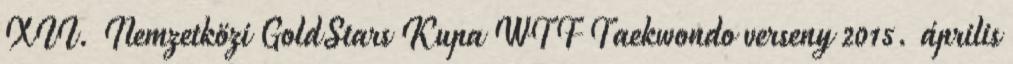
XII. Nemzetközi GoldStars Kupa WTF Taekwondo verseny 2015. április